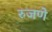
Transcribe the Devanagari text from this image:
रुजणे